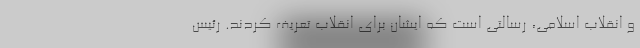
و انقلاب اسلامی، رسالتی است که ایشان برای انقلاب تعریف کردند. رئیس